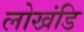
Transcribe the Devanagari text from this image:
लोखंडि